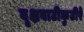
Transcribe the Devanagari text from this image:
वृक्षवाटीकुटीरे